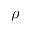
\rho